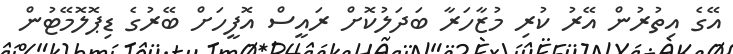
އޭގެ އިތުރުން އޭރު ކުރި މުޒާހަރާ ބަދަލުކޮށް ރައީސް އޮފީހަށް ބޭރުގެ ޑިޕޮލޮމޭޓުން